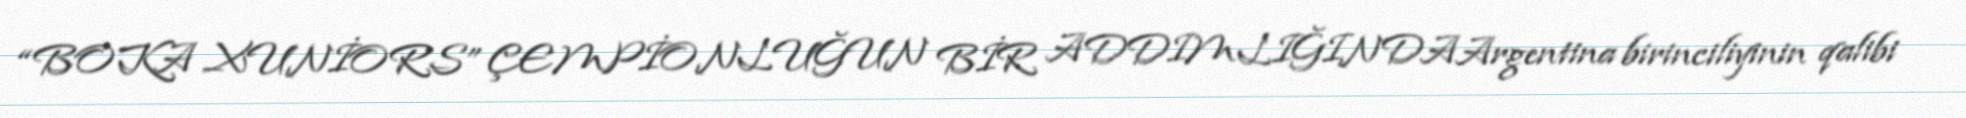
“BOKA XUNİORS” ÇEMPİONLUĞUN BİR ADDIMLIĞINDAArgentina birinciliyinin qalibi